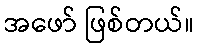
အဖော် ဖြစ်တယ်။